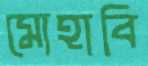
মোহাবি